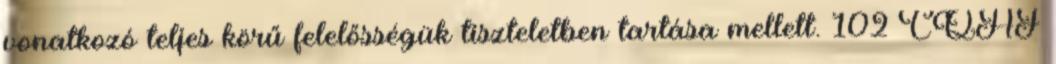
vonatkozó teljes körű felelősségük tiszteletben tartása mellett. 102 CQAF